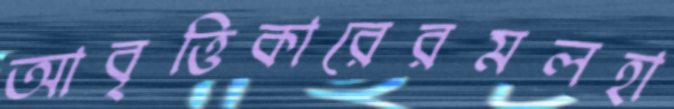
আবৃত্তিকারেরমলহা